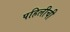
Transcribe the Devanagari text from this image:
पहिलीची